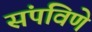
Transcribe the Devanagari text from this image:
संपविणे